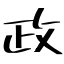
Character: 政